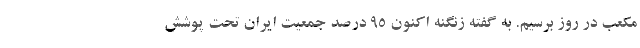
مکعب در روز برسیم. به گفته زنگنه اکنون ۹۵ درصد جمعیت ایران تحت پوشش